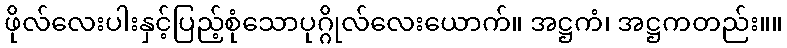
ဖိုလ်လေးပါးနှင့်ပြည့်စုံသောပုဂ္ဂိုလ်လေးယောက်။ အဋ္ဌကံ၊ အဋ္ဌကတည်း။။